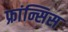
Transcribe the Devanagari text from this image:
फ्रांन्सिस